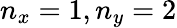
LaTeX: n_{x}=1,n_{y}=2